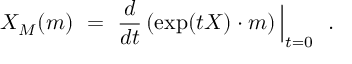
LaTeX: X _ { M } ( m ) ~ = ~ { \frac { d } { d t } } \, ( \exp ( t X ) \cdot m ) \, \Big | _ { t = 0 } ~ ~ .